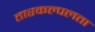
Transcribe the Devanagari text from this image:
तारकल्पलता